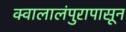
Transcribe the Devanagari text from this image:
क्वालालंपुरापासून